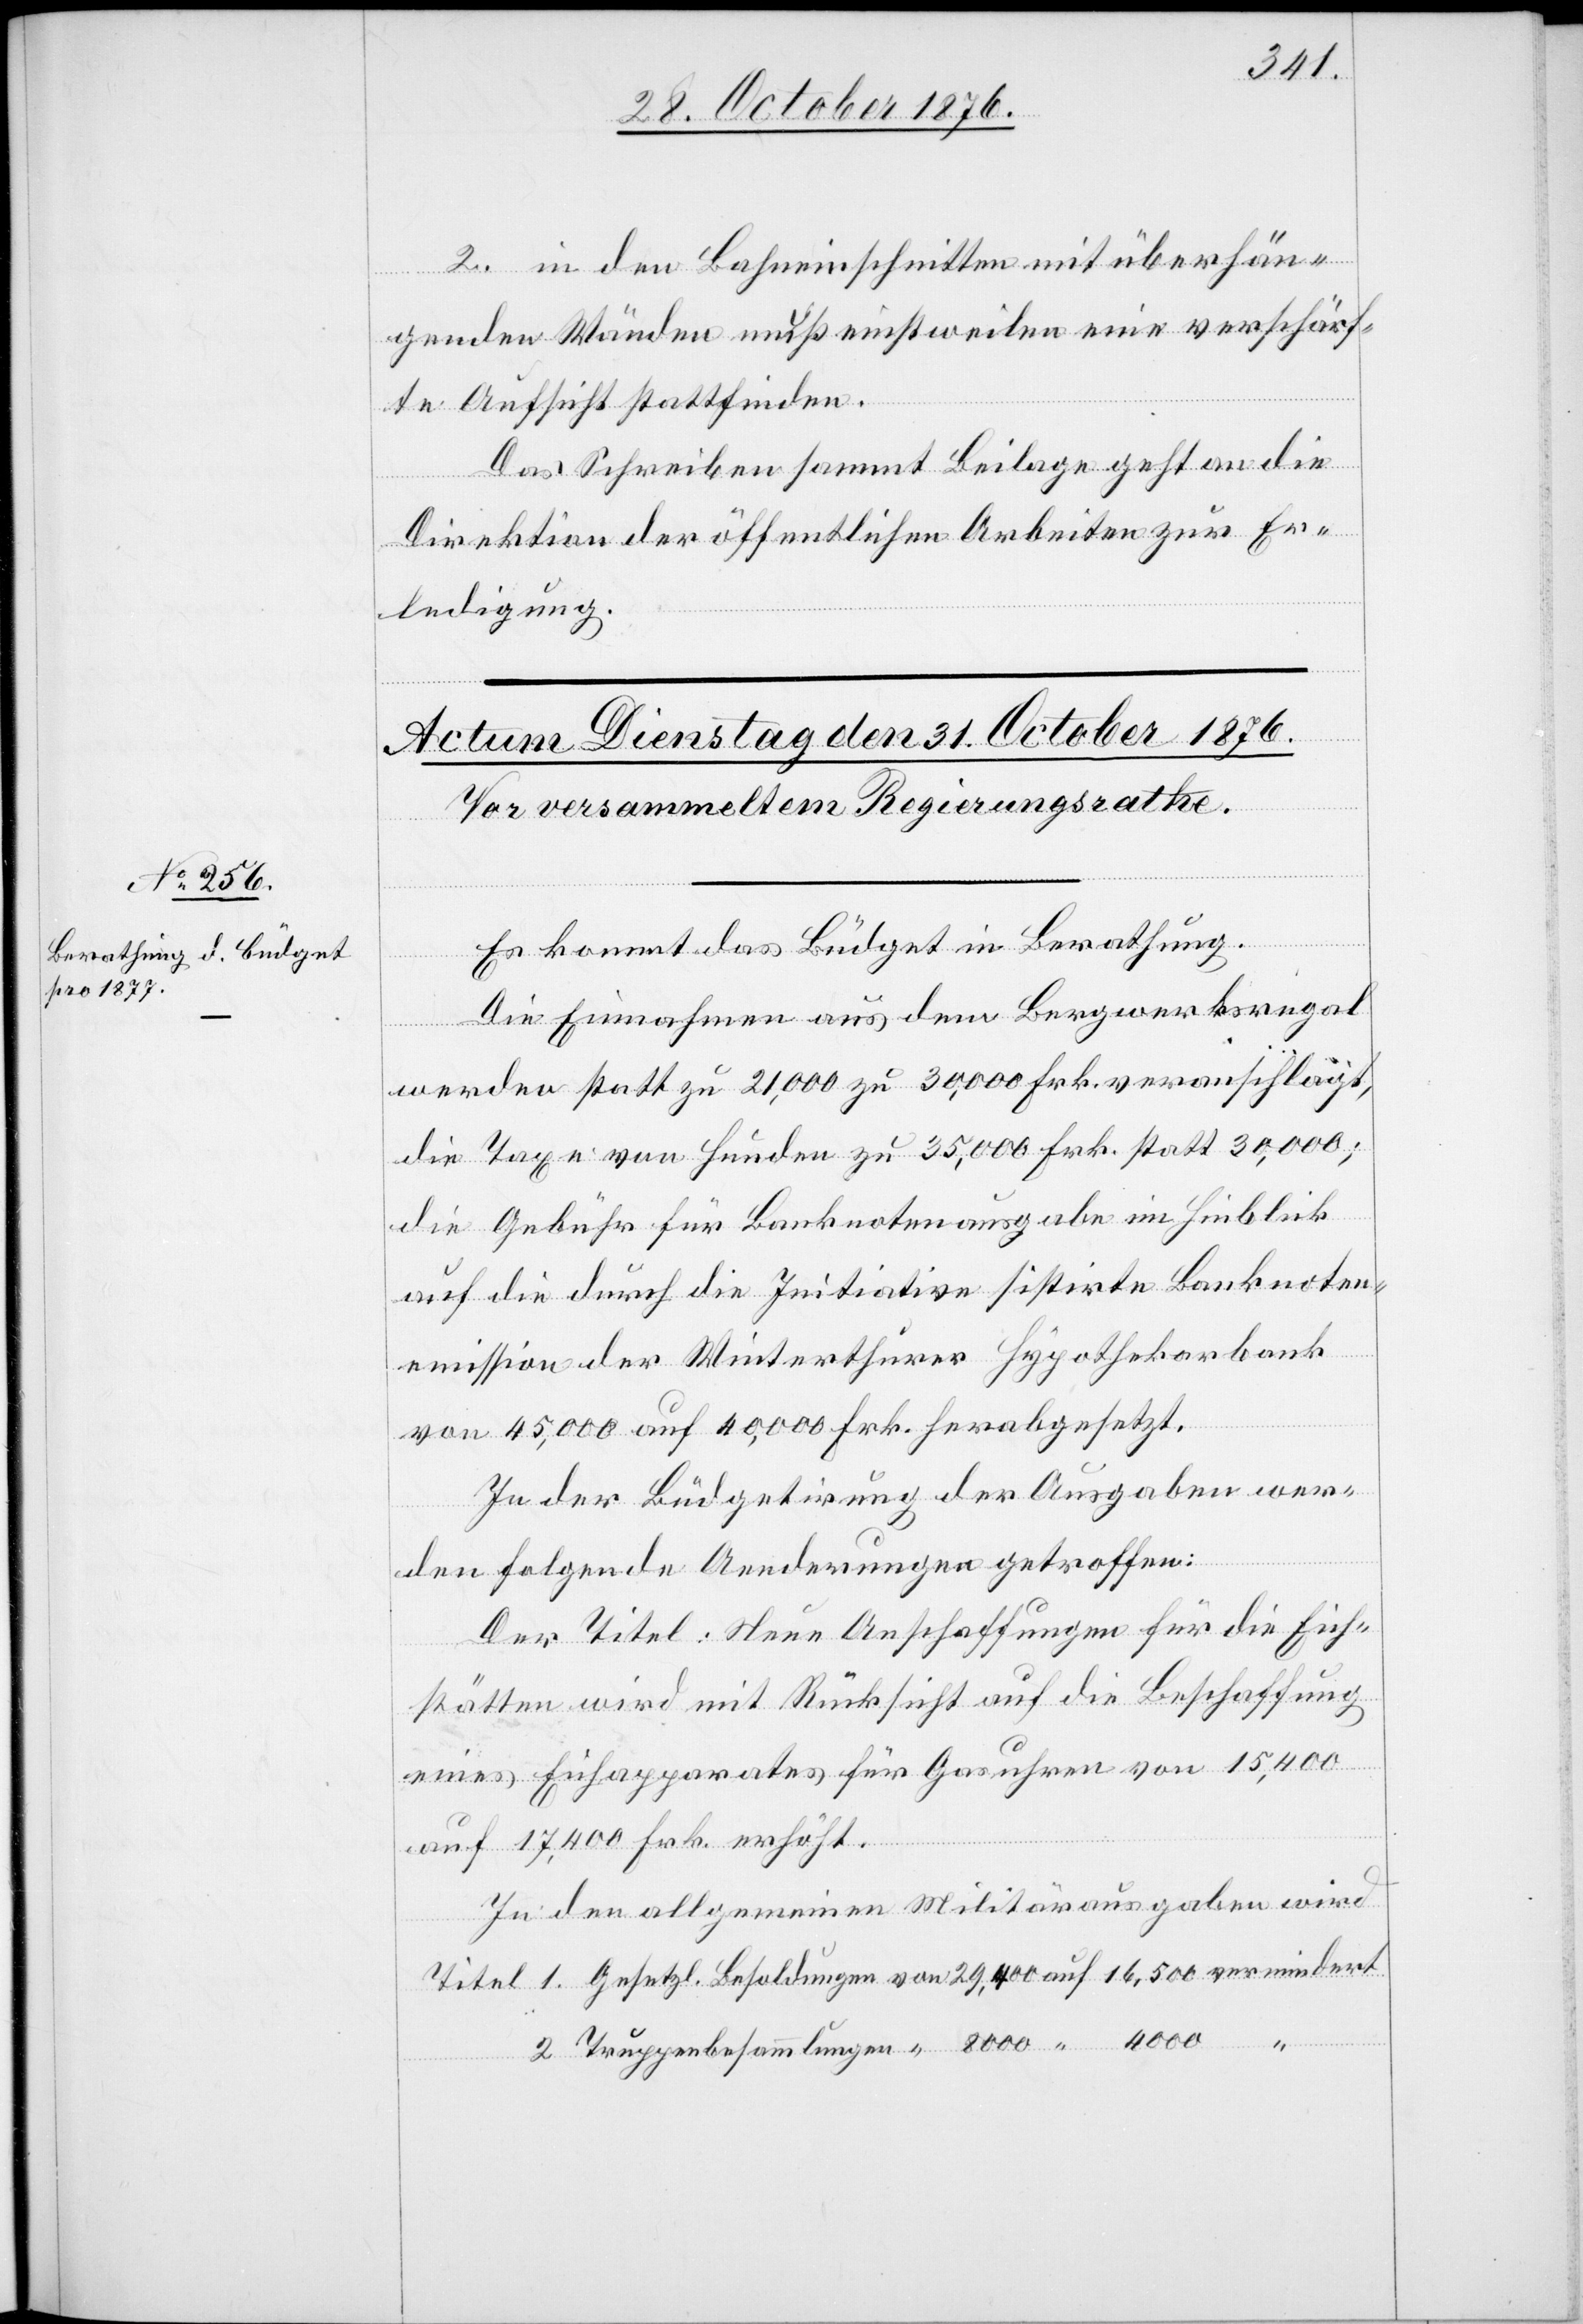
2. in den Bahneinschnitten mit überhän¬
genden Wänden muß einstweilen eine verschärf¬
te Aufsicht stattfinden.
Das Schreiben sammt Beilage geht an die
Direktion der öffentlichen Arbeiten zur Er¬
ledigung.
Es kommt das Büdget in Berathung.
Die Einnahmen aus dem Bergwerksregal
1.
werden statt zu 21,000 zu 30,000 Frk. statt 30,000;
die Gebühr für die Banknotenausgabe im Hinblick
auf die durch die Initiative sistirte Banknoten¬
emission der Winterthurer Hypothekarbank
von 45,000 auf 40,000 Frk. herabgesetzt.
In der Büdgetirung der Ausgaben wer¬
den folgende Aenderungen getroffen:
Der Titel: Neue Anschaffungen für die Eich¬
stätten wird mit Rücksicht auf die Beschaffung
eines Eichapparates für Gasuhren von 15,400
auf 17,400 Frk. erhöht.
In den allgemeinen Militärausgaben wird

auf